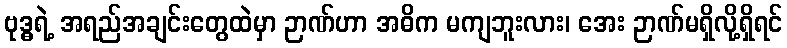
ဗုဒ္ဓရဲ့ အရည်အချင်းတွေထဲမှာ ဉာဏ်ဟာ အဓိက မကျဘူးလား၊ အေး ဉာဏ်မရှိလို့ရှိရင်